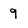
Character: 9